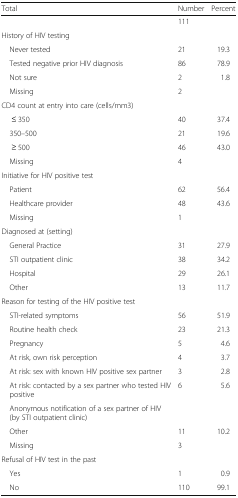
<table><thead><tr><td><b>Total</b></td><td><b>Number</b></td><td><b>Percent</b></td></tr></thead><tbody><tr><td></td><td>111</td><td></td></tr><tr><td colspan="3">History of HIV testing</td></tr><tr><td> Never tested</td><td>21</td><td>19.3</td></tr><tr><td> Tested negative prior HIV diagnosis</td><td>86</td><td>78.9</td></tr><tr><td> Not sure</td><td>2</td><td>1.8</td></tr><tr><td> Missing</td><td>2</td><td></td></tr><tr><td colspan="3">CD4 count at entry into care (cells/mm3)</td></tr><tr><td>≤ 350</td><td>40</td><td>37.4</td></tr><tr><td> 350–500</td><td>21</td><td>19.6</td></tr><tr><td>≥ 500</td><td>46</td><td>43.0</td></tr><tr><td> Missing</td><td>4</td><td></td></tr><tr><td colspan="3">Initiative for HIV positive test</td></tr><tr><td> Patient</td><td>62</td><td>56.4</td></tr><tr><td> Healthcare provider</td><td>48</td><td>43.6</td></tr><tr><td> Missing</td><td>1</td><td></td></tr><tr><td colspan="3">Diagnosed at (setting)</td></tr><tr><td> General Practice</td><td>31</td><td>27.9</td></tr><tr><td> STI outpatient clinic</td><td>38</td><td>34.2</td></tr><tr><td> Hospital</td><td>29</td><td>26.1</td></tr><tr><td> Other</td><td>13</td><td>11.7</td></tr><tr><td colspan="3">Reason for testing of the HIV positive test</td></tr><tr><td> STI-related symptoms</td><td>56</td><td>51.9</td></tr><tr><td> Routine health check</td><td>23</td><td>21.3</td></tr><tr><td> Pregnancy</td><td>5</td><td>4.6</td></tr><tr><td> At risk, own risk perception</td><td>4</td><td>3.7</td></tr><tr><td> At risk: sex with known HIV positive sex partner</td><td>3</td><td>2.8</td></tr><tr><td> At risk: contacted by a sex partner who tested HIV positive</td><td>6</td><td>5.6</td></tr><tr><td> Anonymous notification of a sex partner of HIV (by STI outpatient clinic)</td><td></td><td></td></tr><tr><td> Other</td><td>11</td><td>10.2</td></tr><tr><td> Missing</td><td>3</td><td></td></tr><tr><td colspan="3">Refusal of HIV test in the past</td></tr><tr><td> Yes</td><td>1</td><td>0.9</td></tr><tr><td> No</td><td>110</td><td>99.1</td></tr></tbody></table>